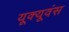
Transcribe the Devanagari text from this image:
यूक्यूवंस